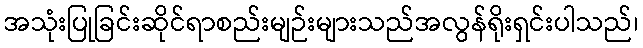
အသုံးပြုခြင်းဆိုင်ရာစည်းမျဉ်းများသည်အလွန်ရိုးရှင်းပါသည်၊